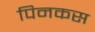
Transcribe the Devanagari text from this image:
पिनकस